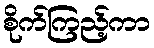
စိုက်ကြည့်ကာ